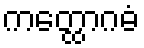
ကတ္ထောဂဓံ